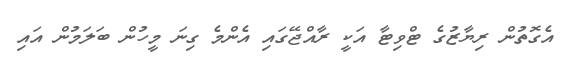
އެގޮތުން ރިޔާޒުގެ ޓްވިޓާ އަކީ ރާއްޖޭގައި އެންމެ ގިނަ މީހުން ބަލަމުން އައި